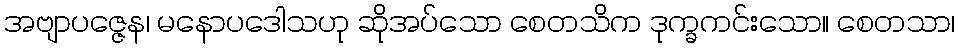
အဗျာပဇ္ဇေန၊ မနောပဒေါသဟု ဆိုအပ်သော စေတသိက ဒုက္ခကင်းသော။ စေတသာ၊